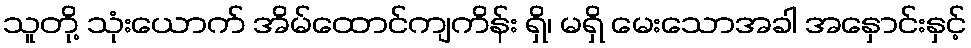
သူတို့ သုံးယောက် အိမ်ထောင်ကျကိန်း ရှိ၊ မရှိ မေးသောအခါ အနှောင်းနှင့်